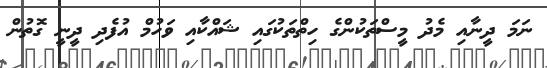
ނަމަ ދީނާއި މެދު މީސްތަކުންގެ ހިތްތަކުގައި ޝައްކާއި ވަހުމް އުފެދި ދީނީ ގޮތުން